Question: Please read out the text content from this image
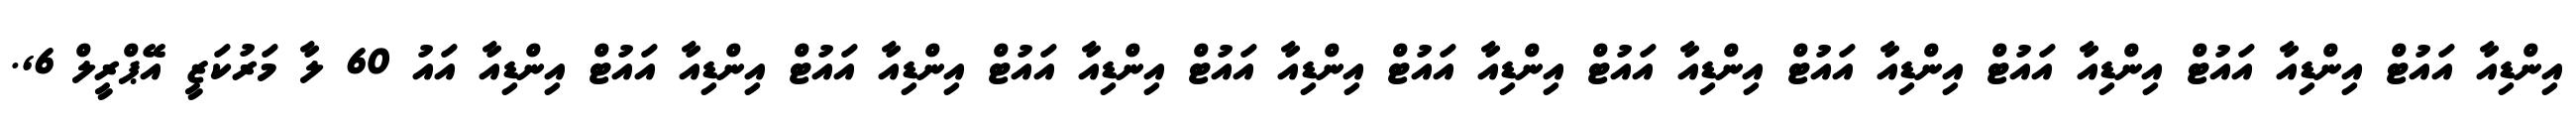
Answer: އިންޑިއާ އައުޓް އިންޑިއާ އައުޓް އިންޑިއާ އައުޓް އިންޑިއާ އައުޓް އިންޑިއާ އައުޓް އިންޑިއާ އައުޓް އިންޑިއާ އައުޓް އިންޑިއާ އައުޓް އިންޑިއާ އައުޓް އިންޑިއާ އައުޓް އިންޑިއާ އައު 60 ލާ މަރުކަޒީ އޭޕްރީލް 6,.